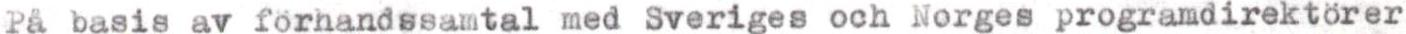
På basis av förhandssamtal med Sveriges och Norges programdirektörer